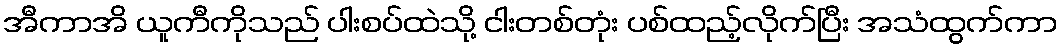
အီကာအိ ယူကီကိုသည် ပါးစပ်ထဲသို့ ငါးတစ်တုံး ပစ်ထည့်လိုက်ပြီး အသံထွက်ကာ